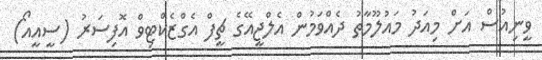
ވީނިއުސް އަށް މިއަދު މައުލޫމާތު ދެއްވަމުން އެލްޖީއޭގެ ޗީފް އެގްޒެކްޓިވް އޮފިސަރު (ސީއީއޯ)